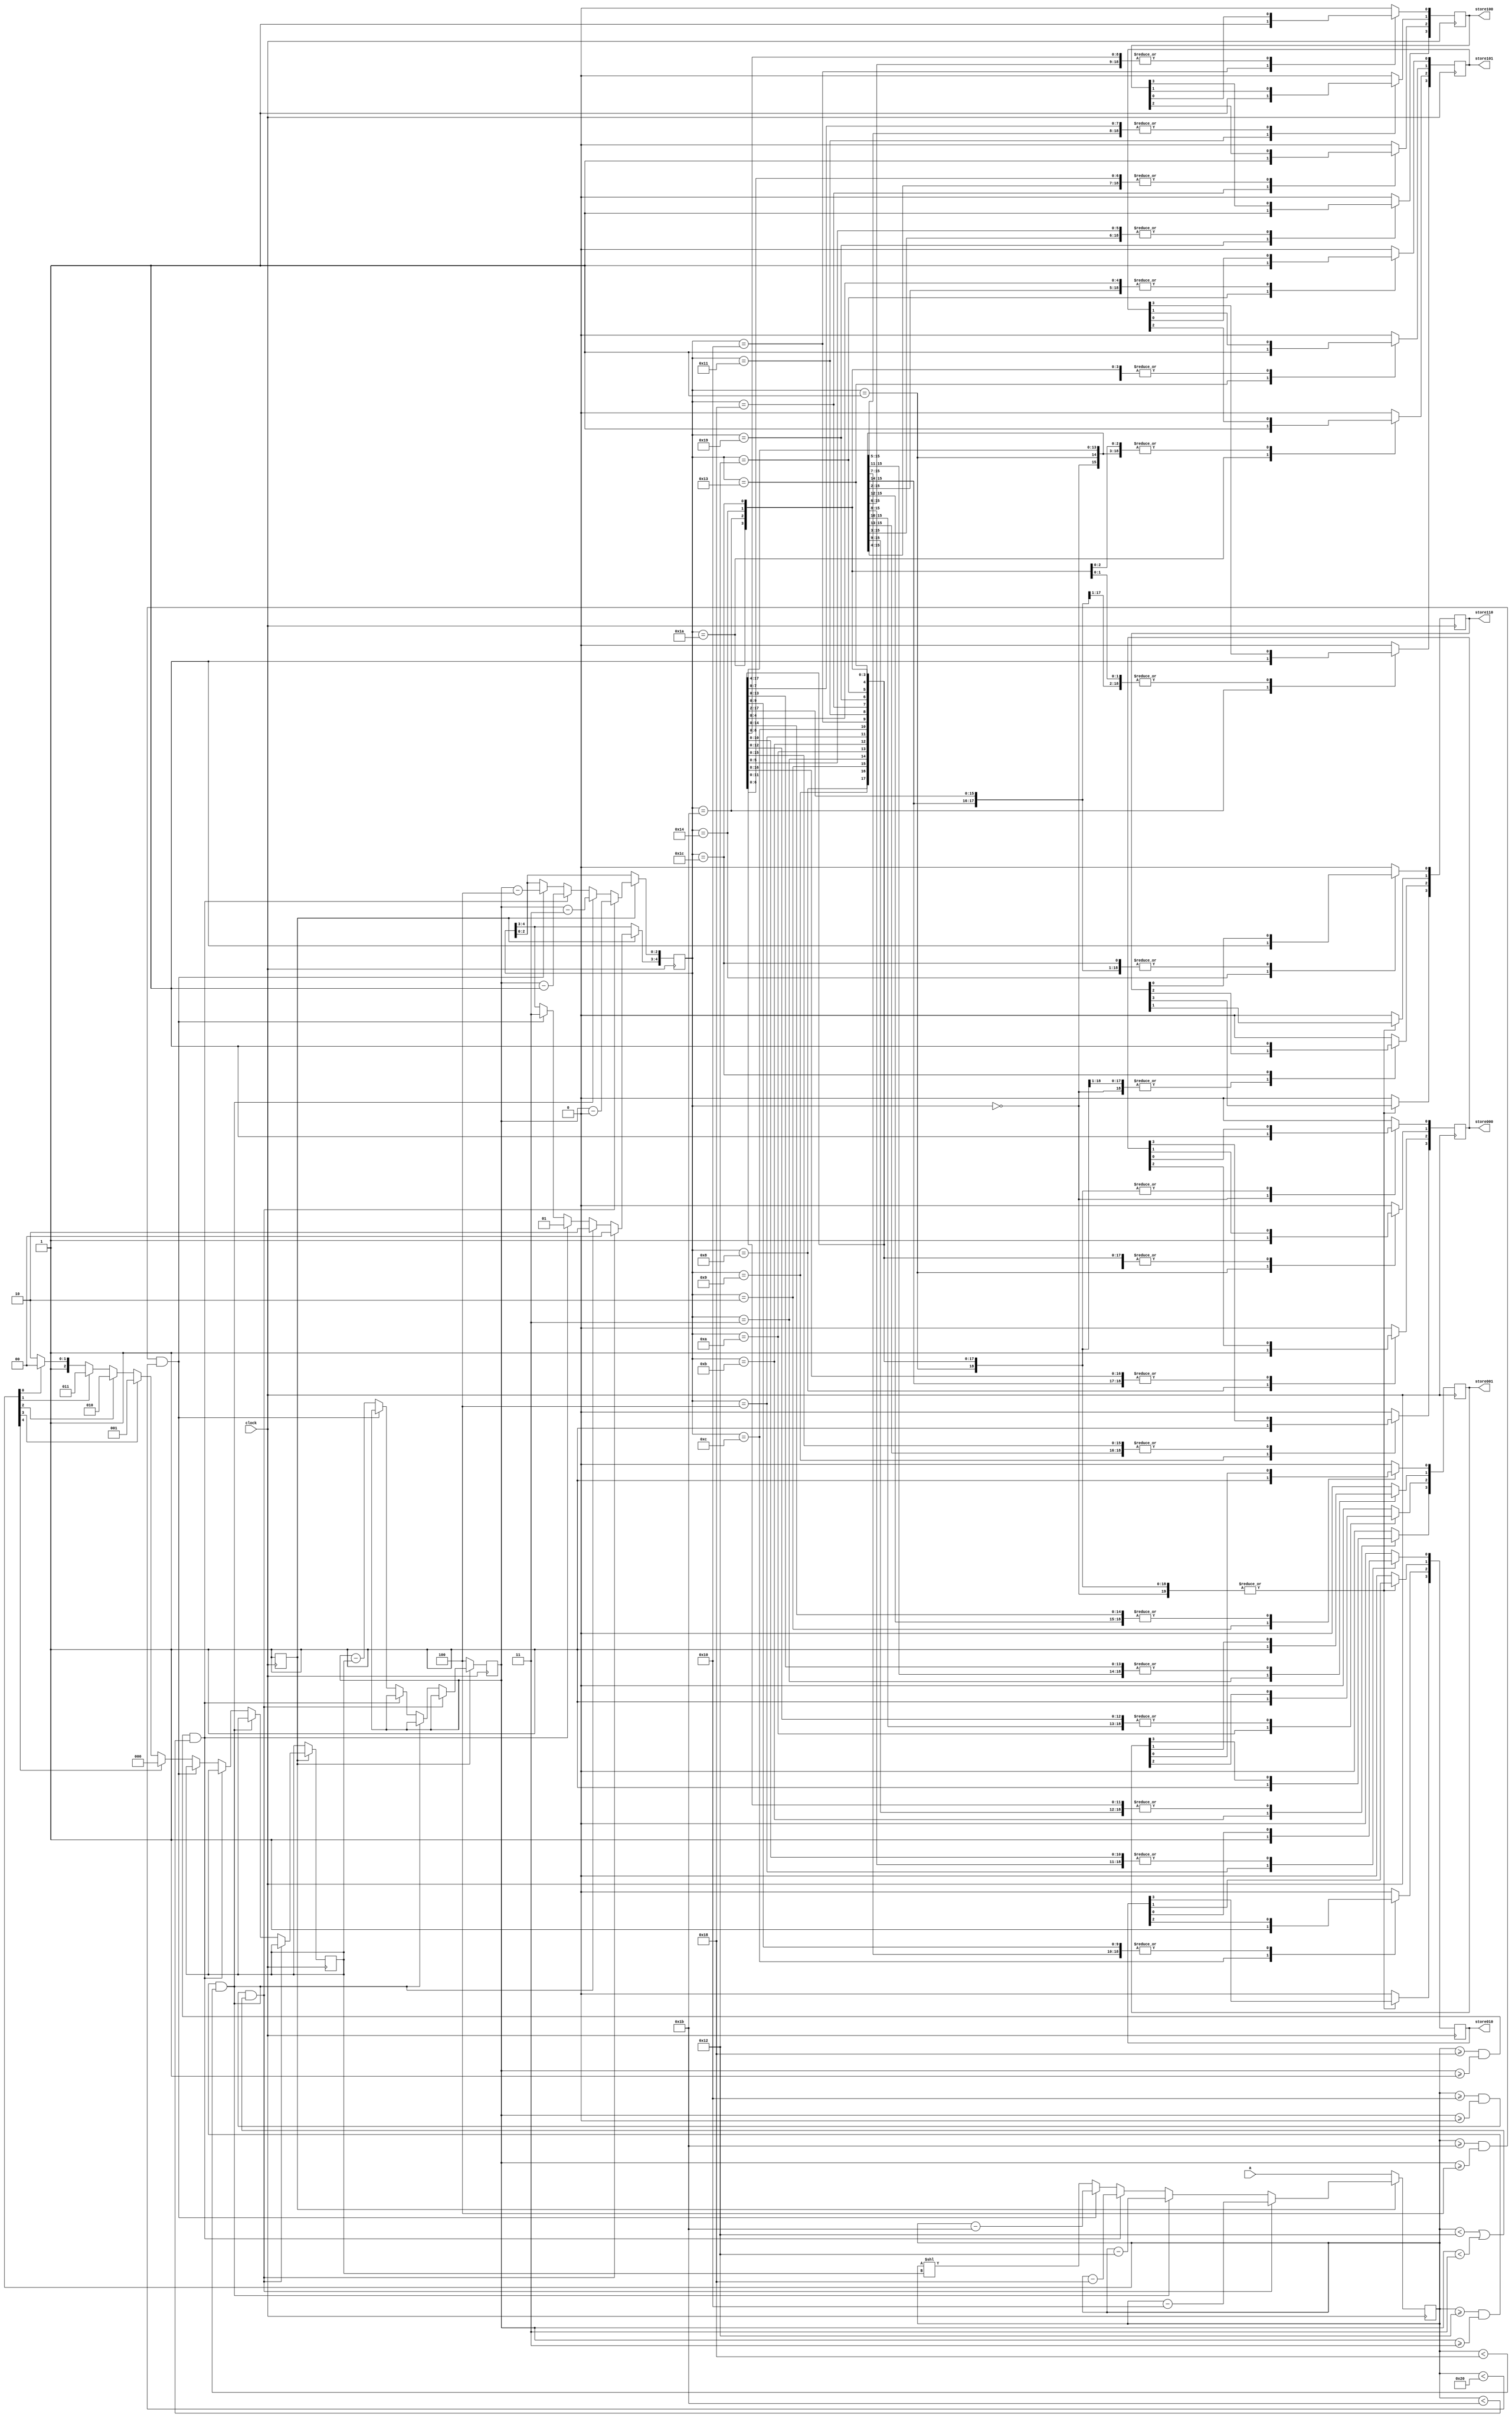
module temp(
				clock,
				a,
				//enable,
				store000,
				store001,
				store010,
				store100,
				store101,
				store110
			   );
				
parameter NUM_BITS = 5;
//--------------------------------------------
input clock;
input [NUM_BITS-1:0] a;

//--------------------------------------------
wire [NUM_BITS-1:0] a;
wire clock;

//--------------------------------------------

reg [2:0] remain = NUM_BITS-1;
reg [3:0] bits = NUM_BITS;
reg [2:0] shift = 3'b000;
reg [NUM_BITS-1:0] b;
reg [4:0] r1;

//--------------------------------------------

output reg [3:0] store000; //= 4'h0;
output reg [3:0] store001; //= 4'h0;
output reg [3:0] store010; //= 4'h0;
output reg [3:0] store100; //= 4'h0;
output reg [3:0] store101;//= 4'h0;
output reg [3:0] store110;

reg count =1'b0; 
 
parameter [4:0] VAL1 = 5'h10;
parameter [4:0] VAL2 = 5'h12;
parameter [4:0] VAL3 = 5'h18;
parameter [4:0] VAL4 = 5'h1B;
parameter [2:0] exp1 = 3'b000;
parameter [2:0] exp2 = 3'b011;
parameter [2:0] exp3 = 3'b001;
parameter [2:0] exp4 = 3'b100;


always@(posedge clock)
begin
    if(count == 1'b0)
	 begin
			b <=a;
			remain <= NUM_BITS-1;
			count<=1'b1;
    end
   else
	begin
      if((b >= VAL1) && (remain >= exp1)&&((b < VAL2)||(remain<exp2)))
      begin               
                r1[2:0] <= remain - exp1;
                r1[4:3] <= 2'b00;
                b <= b - VAL1;
	   end			 
     else if((b >= VAL2) && (remain >= exp2)&&(b < VAL3))
     begin
                r1[2:0] <= remain - exp2;
                r1[4:3] <= 2'b10;
                b <= b - VAL2;
             
     end
     else if((b >= VAL3) && (remain >= exp3)&&(b < VAL4))
     begin
                r1[2:0] <= remain - exp3;
                r1[4:3] <= 2'b01;
                b <= b - VAL3;
     end   
     else if((b >= VAL4) && (remain >= exp4)&&(b< 6'b100000))
     begin
                r1[2:0] <= remain - exp4;
                r1[4:3] <= 2'b11;              
                b <= b - VAL4;
     end      
   else
   begin    
         if(b[4] == 1'b1)
          begin
              shift <= 3'b000;
              remain <= remain - shift;
              b <= (b<<shift);
           end
          else if(b[3] == 1'b1)
           begin
                shift <= 3'b001;
                remain <= remain - shift;
                b <= (b<<shift);
           end
         else if(b[2] == 1'b1)
          begin
                shift <= 3'b010;
                remain <= remain - shift;
                b <= (b<<shift);
          end
        else if(b[1] == 1'b1)
          begin
                shift <= 3'b011;
                remain <= remain - shift;
                b <= (b<<shift);
            end
        else if(b[0] == 1'b1)
         begin
                shift <= 3'b100;
                remain <= remain - shift;
                b <= (b<<shift);
          end

       else
          begin
                shift <= 3'b110;
                remain <= remain - shift;
                b <= (b<<shift);
         end
   end
   end 
end

always@(posedge clock)
begin
  /* if(r1 == 5'b00000)
	begin
		store000[0] = 1'b1;
	end
	else if(r1 == 5'b00001)
	begin
	   store000[1] = 1'b1;
   end
	else if(r1 == 5'b01000)
	begin
	   store000[2] = 1'b1;
	end
	else if(r1 == 5'b01001)
	begin
	   store000[3] = 1'b1;
   end
	else if(r1 == 5'b00010)
	begin
	   store001[0] = 1'b1;
	end
	else if(r1 == 5'b00011)
	begin
	   store001[1] = 1'b1;
	end
	else if(r1 == 5'b01010)
	begin
	   store001[2] = 1'b1;
	end
	else if(r1 == 5'b01011)
	begin
	   store001[3] = 1'b1;
	end
	else if(r1 == 5'b00100)
	begin
	   store010[0] = 1'b1;
	end
	else if(r1 == 5'b01100) 
	begin
	   store010[2] = 1'b1;
	end
	else if(r1 == 5'b10000)
	begin
	   store100[0] = 1'b1;
	end
	else if(r1 == 5'b10001)
	begin
	   store100[1] = 1'b1;
	end
	else if(r1 == 5'b11000)
	begin
	   store100[2] = 1'b1;
	end
	else 
	begin
	   store000[3:0] = 4'b0000;
	   store001[3:0] = 4'b0000;
		store010[3:0] = 4'b0000;
	   store100[3:0] = 4'b0000;
		store101[3:0] = 4'b0000;
		store110[3:0] = 4'b0000;
	end*/
   case(r1)
   5'b00000 :  store000[0] <= 1'b1;  // First 0 in store000 is for the first box and then the numbers 00 represent the position of the box
   5'b00001 :  store000[1] <= 1'b1;
   5'b01000 :  store000[2] <= 1'b1;
   5'b01001 :  store000[3] <= 1'b1;
   5'b00010 :  store001[0] <= 1'b1;
   5'b00011 :  store001[1] <= 1'b1;
   5'b01010 :  store001[2] <= 1'b1;
   5'b01011 :  store001[3] <= 1'b1;
   5'b00100 :  store010[0] <= 1'b1;
   5'b01100 :  store010[2] <= 1'b1;
   5'b10000 :  store100[0] <= 1'b1;
   5'b10001 :  store100[1] <= 1'b1;
   5'b11000 :  store100[2] <= 1'b1;
   5'b11001 :  store100[3] <= 1'b1;
   5'b10010 :  store101[0] <= 1'b1;
   5'b10011 :  store101[1] <= 1'b1;
   5'b11010 :  store101[2] <= 1'b1;
   5'b11011 :  store101[3] <= 1'b1;
   5'b10100 :  store110[0] <= 1'b1;
   5'b11100 :  store110[2] <= 1'b1;
	default : begin
				 store000[3:0] <= 4'b0000;
				 store001[3:0] <= 4'b0000;
				 store010[3:0] <= 4'b0000;
				 store100[3:0] <= 4'b0000;
				 store101[3:0] <= 4'b0000;
				 store110[3:0] <= 4'b0000;
				 end
   endcase
end      
endmodule